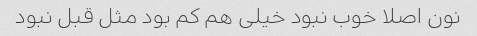
نون اصلا خوب نبود خیلی هم کم بود مثل قبل نبود